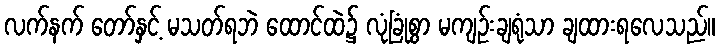
လက်နက် တော်နှင့် မသတ်ရဘဲ ထောင်ထဲ၌ လုံခြုံစွာ မကျဉ်းချရုံသာ ချထားရလေသည်။